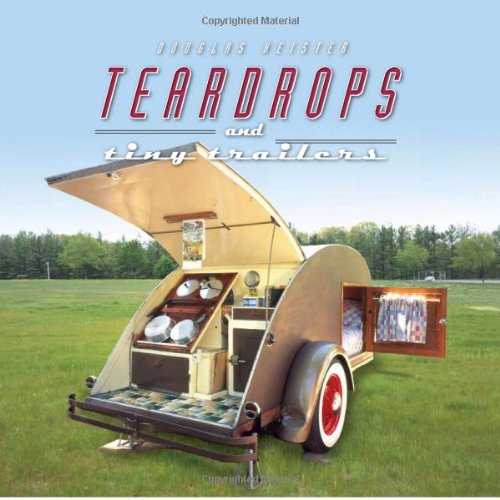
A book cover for Teardrops and Tiny Trailers; Engineering & Transportation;